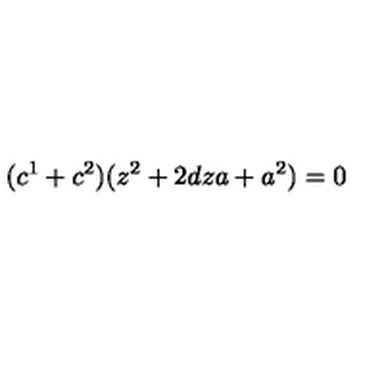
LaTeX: ( c ^ { 1 } + c ^ { 2 } ) ( z ^ { 2 } + 2 d z a + a ^ { 2 } ) = 0